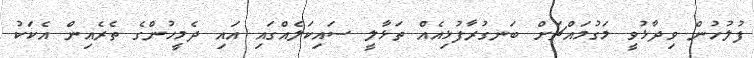
ފުލުހުން ވިދާޅުވީ މަގުމައްޗަށް ބަނގުރާފުޅިއެއް ތަޅާލީ ސައިކަލެއްގައި އައި ދެމީހުންގެ ތެރެއިން އެކަކު